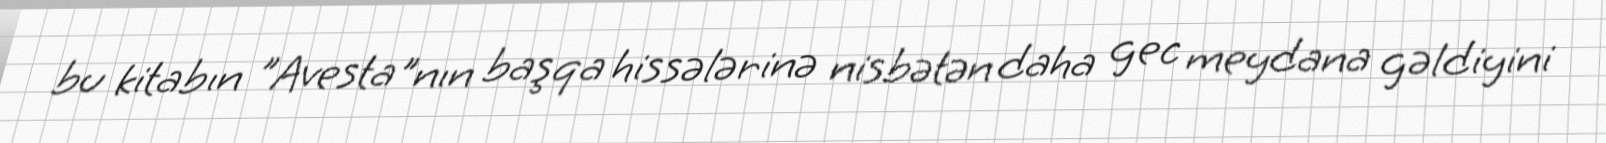
bu kitabın "Avesta"nın başqa hissələrinə nisbətən daha gec meydana gəldiyini